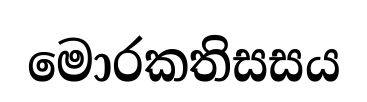
මොරකතිසසය